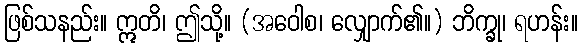
ဖြစ်သနည်း။ ဣတိ၊ ဤသို့။ (အဝေါစ၊ လျှောက်၏။) ဘိက္ခု၊ ရဟန်း။